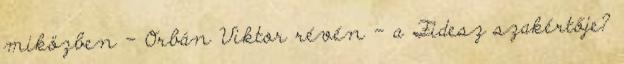
miközben – Or­bán Viktor révén – a Fidesz szakértője?